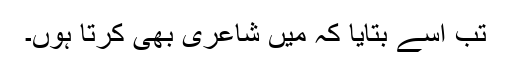
تب اسے بتایا کہ میں شاعری بھی کرتا ہوں۔